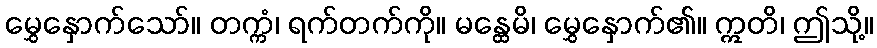
မွှေနှောက်သော်။ တက္ကံ၊ ရက်တက်ကို။ မန္ထေမိ၊ မွှေနှောက်၏။ ဣတိ၊ ဤသို့။